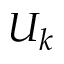
U _ { k }